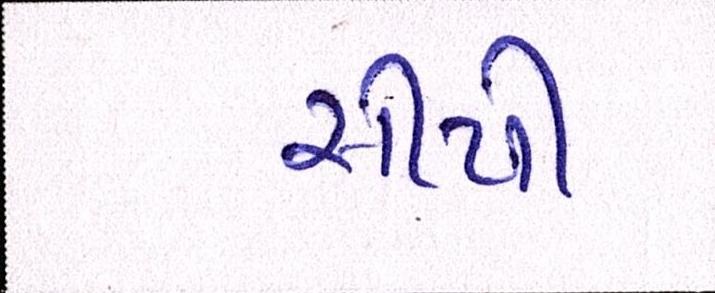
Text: સીપી